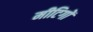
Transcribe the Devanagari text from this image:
मीटिगों